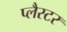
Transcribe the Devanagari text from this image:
प्लैस्टर